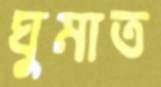
ঘুমাত